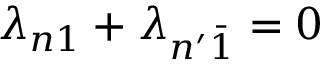
\lambda _ { n 1 } + \lambda _ { n ^ { \prime } \bar { 1 } } = 0